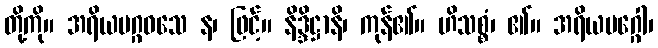
တို့ကို။ အရိယမဂ္ဂဝသေ န၊ ဖြင့်။ နိဒ္ဒိဋ္ဌာနိ၊ ကုန်၏။ ဟိသစ္စံ၊ ၏။ အရိယမဂ္ဂေါ၊